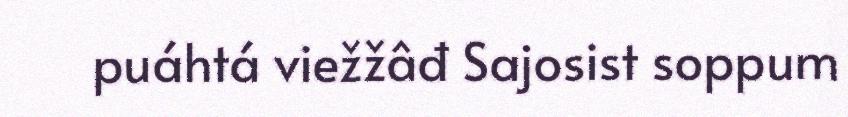
puáhtá viežžâđ Sajosist soppum